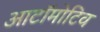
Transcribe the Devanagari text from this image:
आटॉमोटिव